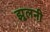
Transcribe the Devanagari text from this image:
झूलनी